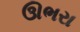
ઊભરા